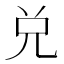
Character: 兑